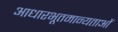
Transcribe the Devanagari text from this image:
आधारभूतमान्यताओं